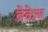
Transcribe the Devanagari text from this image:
ब्रेकेज